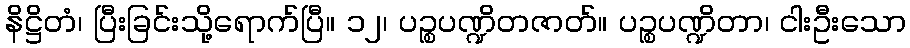
နိဋ္ဌိတံ၊ ပြီးခြင်းသို့ရောက်ပြီ။ ၁၂၊ ပဉ္စပဏ္ဍိတဇာတ်။ ပဉ္စပဏ္ဍိတာ၊ ငါးဦးသော